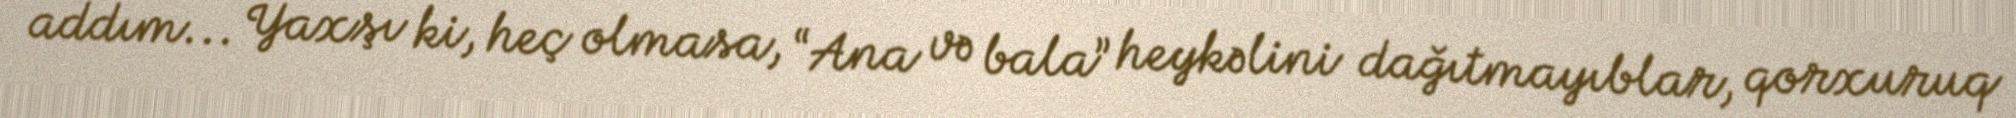
addım... Yaxşı ki, heç olmasa, “Ana və bala” heykəlini dağıtmayıblar, qorxuruq